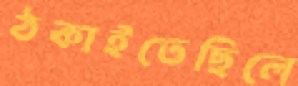
ঠকাইতেছিলে